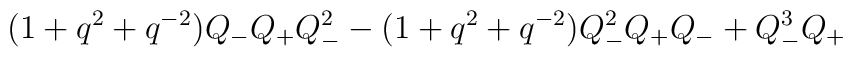
(1+q^2 + q^{-2} ) Q_- Q_+ Q^2_- - (1 + q^2 + q^{-2} ) Q_-^2 Q_+ Q_-+ Q^3_- Q_+